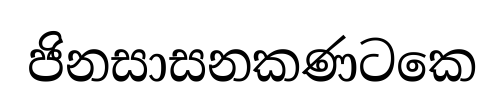
ජිනසාසනකණටකෙ